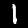
Label: 1